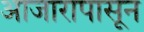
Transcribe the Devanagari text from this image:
आजारापासून